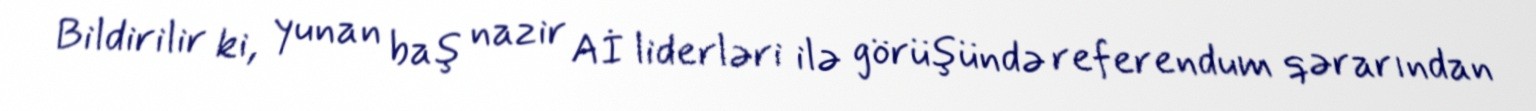
Bildirilir ki, yunan baş nazir Aİ liderləri ilə görüşündə referendum qərarından